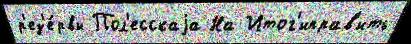
р'ез'е́рвы Пол'есскаjа На Итог'иправ'ить